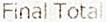
FINAL TOTAL